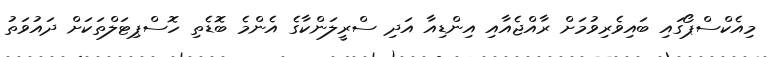
މިއެކްސްޕޯގައި ބައިވެރިވުމަށް ރާއްޖެއާއި އިންޑިއާ އަދި ސްރީލަންކާގެ އެންމެ ބޮޑެތި ހޮސްޕިޓަލްތަކަށް ދައުވަތު